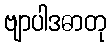
ဗျာပါဒဓာတု